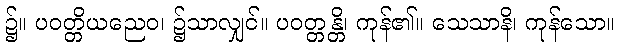
၌။ ပဝတ္တိယညေဝ၊ ၌သာလျှင်။ ပဝတ္တန္တိ၊ ကုန်၏။ သေသာနိ၊ ကုန်သော။